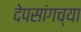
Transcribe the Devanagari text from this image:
देपसांगच्या